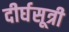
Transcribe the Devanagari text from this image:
दीर्घसूत्री